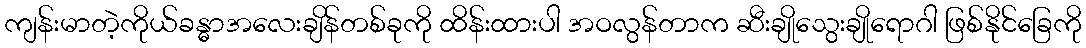
ကျန်းမာတဲ့ကိုယ်ခန္ဓာအလေးချိန်တစ်ခုကို ထိန်းထားပါ အဝလွန်တာက ဆီးချိုသွေးချိုရောဂါ ဖြစ်နိုင်ခြေကို